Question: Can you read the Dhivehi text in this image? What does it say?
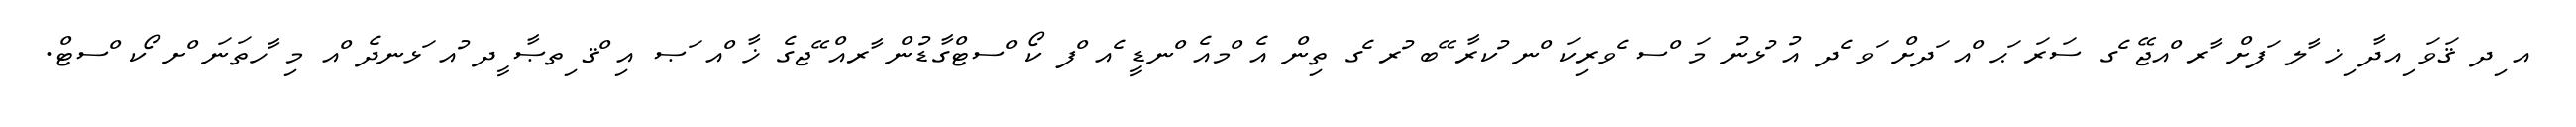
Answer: އ ިދ ޤަވަ ިއދާ ިޚ ާލ ަފށް ާރ ްއޖޭ ެގ ސަރަ ަޙ ްއ ަދށް ަވ ެދ އު ުޅނު މަ ްސ ެވރިކަ ްނ ުކރާ ޭބ ުރ ެގ ތިން އެ ްމއެ ްނޑީ ެއ ްފ ކޯ ްސޓްގާޑުން ާރއް ޭޖގެ ޚާ ްއ ަޞ އި ްޤ ިތޞާ ީދ ުއ ަޅނދެ ްއ މި ާހތަނަ ްށ ޯކ ްސޓް.